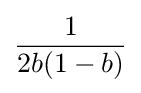
{\frac {1}{2b(1-b)}}